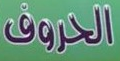
الحروف